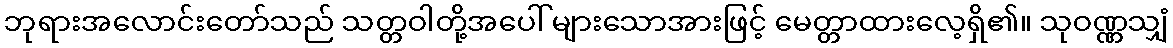
ဘုရားအလောင်းတော်သည် သတ္တဝါတို့အပေါ် များသောအားဖြင့် မေတ္တာထားလေ့ရှိ၏။ သုဝဏ္ဏသျှံ